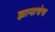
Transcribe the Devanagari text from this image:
ज्ञानाचेच